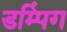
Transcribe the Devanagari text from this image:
डम्पिंग